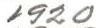
1920